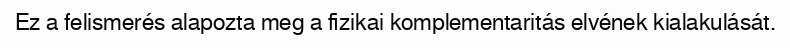
Ez a felismerés alapozta meg a fizikai komplementaritás elvének kialakulását.